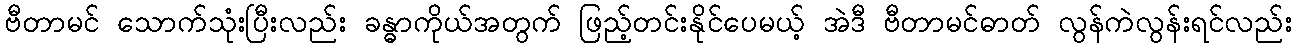
ဗီတာမင် သောက်သုံးပြီးလည်း ခန္ဓာကိုယ်အတွက် ဖြည့်တင်းနိုင်ပေမယ့် အဲဒီ ဗီတာမင်ဓာတ် လွန်ကဲလွန်းရင်လည်း